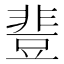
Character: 𰶝